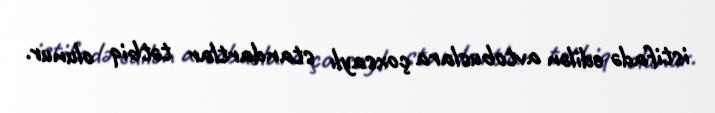
istifadə edilən avtobuslara çoxsaylı standartlar tətbiq olunur.